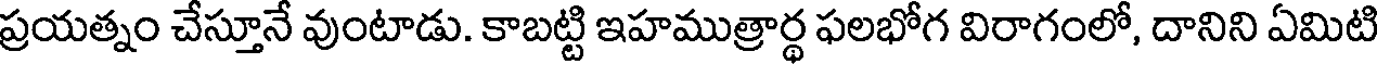
ప్రయత్నం చేస్తూనే వుంటాడు. కాబట్టి ఇహముత్రార్థ ఫలభోగ విరాగంలో, దానిని ఏమిటి